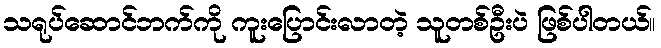
သရုပ်ဆောင်ဘက်ကို ကူးပြောင်းလာတဲ့ သူတစ်ဦးပဲ ဖြစ်ပါတယ်။